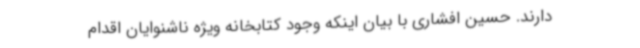
دارند. حسین افشاری با بیان اینکه وجود کتابخانه ویژه ناشنوایان اقدام